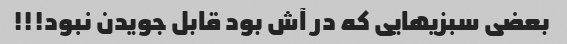
بعضی سبزیهایی که در آش بود قابل جویدن نبود!!!